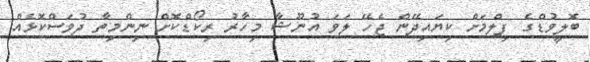
ބޮލީވުޑްގެ ފިލްމަށް ކިޔައިދޭން ޖެހޭ ލަވަ އުނޫޝާ މިހާރު ރިކޯޑްކޮށް ނިންމިތާ ދުވަސްކޮޅެއް